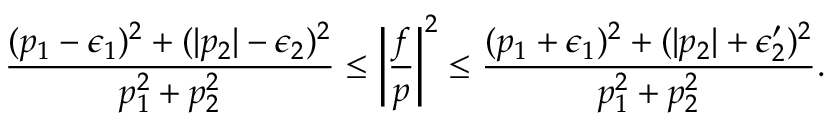
\frac { ( p _ { 1 } - \epsilon _ { 1 } ) ^ { 2 } + ( \vert p _ { 2 } \vert - \epsilon _ { 2 } ) ^ { 2 } } { p _ { 1 } ^ { 2 } + p _ { 2 } ^ { 2 } } \leq \left\vert \frac { f } { p } \right\vert ^ { 2 } \leq \frac { ( p _ { 1 } + \epsilon _ { 1 } ) ^ { 2 } + ( \vert p _ { 2 } \vert + \epsilon _ { 2 } ^ { \prime } ) ^ { 2 } } { p _ { 1 } ^ { 2 } + p _ { 2 } ^ { 2 } } .